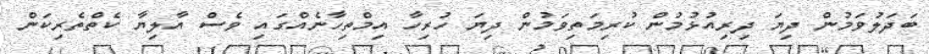
ބަދަލުވަމުން ދިޔަ ދިރިއުޅުމުން ކުރިމަތިވަމުން ދިޔަ ހުރިހާ އިމްތިހާނެއްގައި ވެސް އާލިޔާ ކެތްތެރިކަން